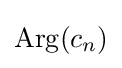
\operatorname {Arg} (c_{n})